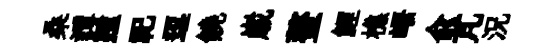
桑譚踵祀逗饒𡻕螯鯉樵峿兪芃況